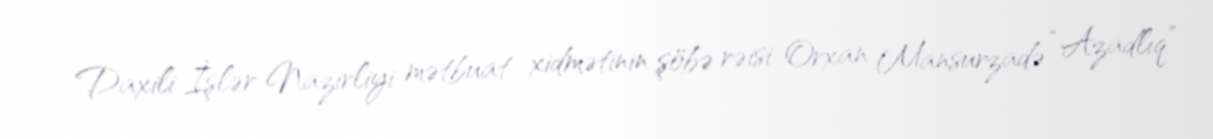
Daxili İşlər Nazirliyi mətbuat xidmətinin şöbə rəisi Orxan Mansurzadə “Azadlıq”